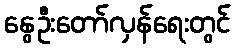
နွေဦးတော်လှန်ရေးတွင်